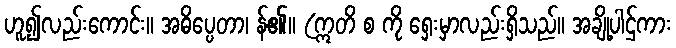
ဟူ၍လည်းကောင်း။ အဓိပ္ပေတာ၊ န်၏။ (ဣတိ စ ကို ရှေးမှာလည်းရှိသည်။ အချို့ပါဌ်ကား